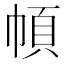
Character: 幁